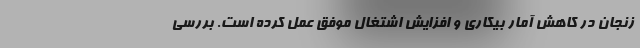
زنجان در کاهش آمار بیکاری و افزایش اشتغال موفق عمل کرده است. بررسی